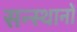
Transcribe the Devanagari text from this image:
सन्स्थानों